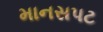
માનસપટ